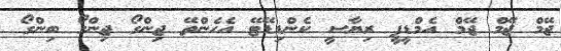
ޖޭމް ޖޭމް ޖޭމް އެމްޑީޕީ ރިޔާސީ ކެންޑިޑޭޓޭ އެހެންތޭ ޖިންގޯ ޖިންގޯ ބިންގޯ